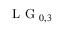
\mathrm { ~ L ~ G ~ } _ { 0 , 3 }